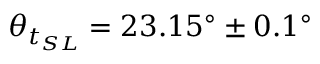
\theta _ { t _ { S L } } = 2 3 . 1 5 ^ { \circ } \pm 0 . 1 ^ { \circ }